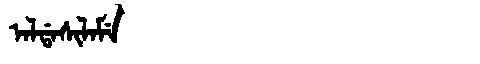
Manchu: ᠠᠯᡩᠠᠰᡳᠯᠠᠮᡝ
Romanization: ALDASILAME